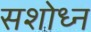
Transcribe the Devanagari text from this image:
सशोध्न